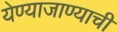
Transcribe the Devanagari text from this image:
येण्याजाण्याची